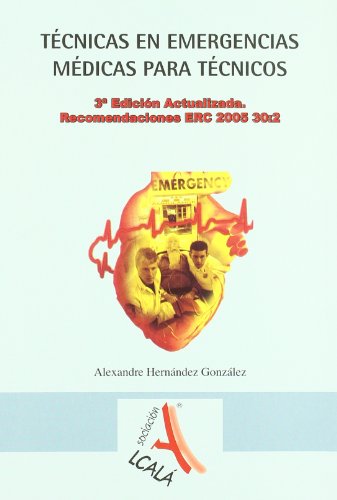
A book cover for Tecnicas en emergencias medicas para tecnicos / Emergency Medical Techniques for Technicians (Spanish Edition); Alexandre Hernandez Gonzalez; Medical Books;